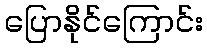
ပြောနိုင်ကြောင်း